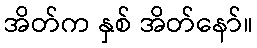
အိတ်က နှစ် အိတ်နော်။